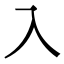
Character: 入